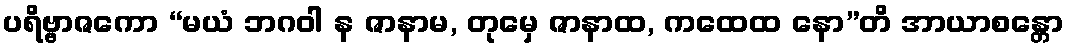
ပရိဗ္ဗာဇကော “မယံ ဘဂဝါ န ဇာနာမ, တုမှေ ဇာနာထ, ကထေထ နော”တိ အာယာစန္တော